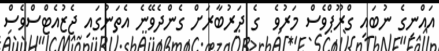
އައްނިގެ ނުބައި ގްރޫޕްވެސް މަރުވެ  ގެ ދަރުބާރަށް ގެންދެވޭނެ އެތަނުގައި ޖެޒުއެޓްސްވެސް